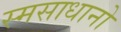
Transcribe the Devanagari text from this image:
स्मसाधानो